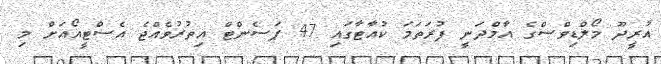
އުރީދޫ މޯލްޑިވްސްގެ އާމްދަނީ ފުރަތަމަ ކުއާޓާގައި 47 ޕަސެންޓް އިތުރުވެއްޖެ އެސްޓީއޯއަށް މި